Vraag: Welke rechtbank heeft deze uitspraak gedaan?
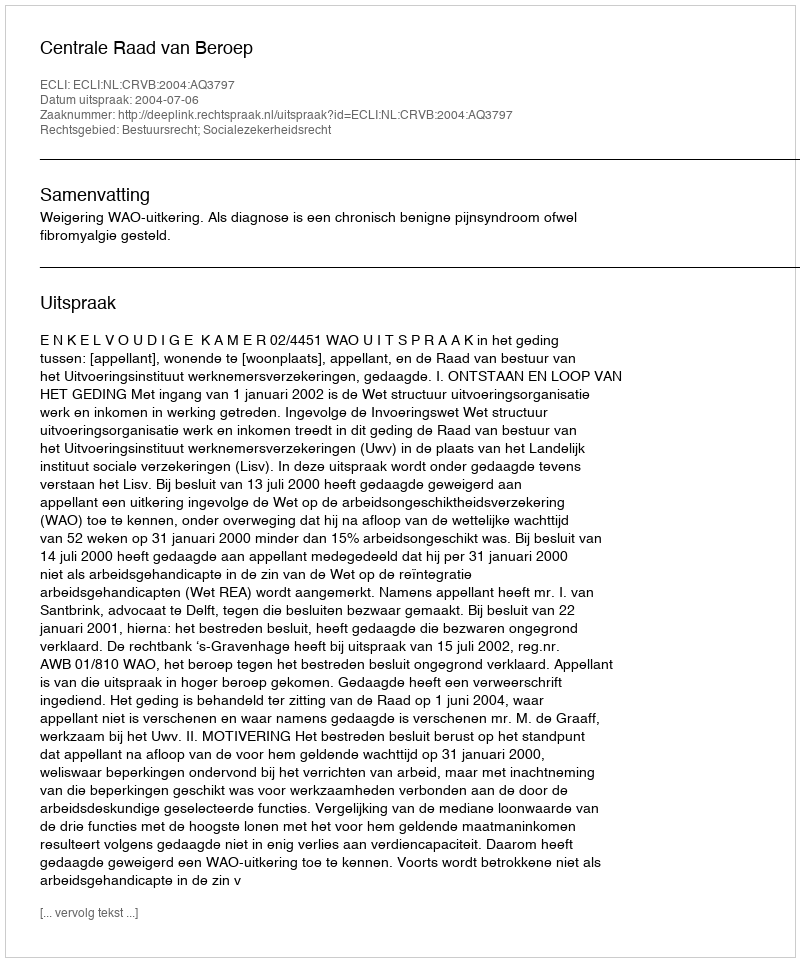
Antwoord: Centrale Raad van Beroep